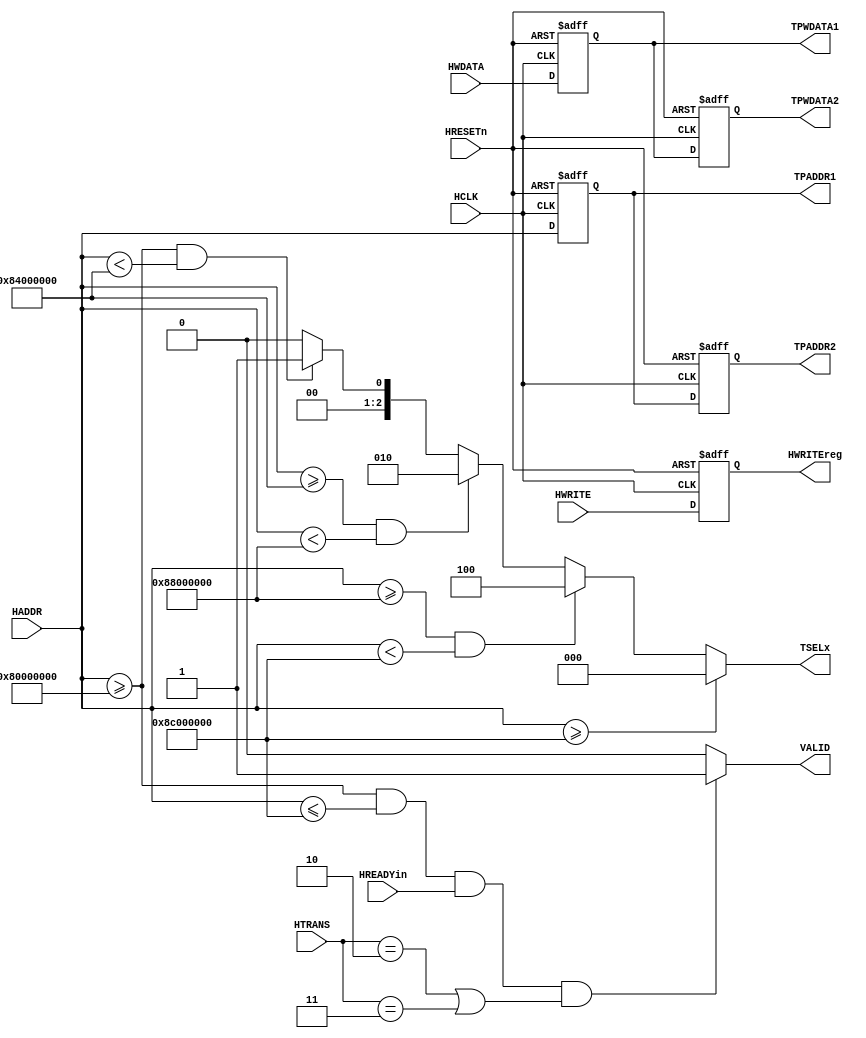
module AHB_interface   (    HCLK , HRESETn, HWRITE , HREADYin , HADDR ,HWDATA  , HTRANS ,
                           VALID ,HWRITEreg  ,TSELx  ,TPADDR1, TPADDR2 ,TPWDATA1, TPWDATA2  );


input  HCLK                  //  reference signal HCLK
      ,HRESETn                //reset signal HRESET
      ,HWRITE                // handshaking signal HWRITE
      ,HREADYin;

input  [31:0]HADDR          //address signal HADDR
            ,HWDATA ;        // Data signal HWDATA
input  [1:0]HTRANS;


output reg VALID                      //handshaking signals VALID
       ,HWRITEreg;

output reg[2:0]TSELx;

output reg [31:0]TPADDR1, TPADDR2           //transmission address signals TADDR1, TADDR2
       ,TPWDATA1, TPWDATA2;     //transmission data signals TPWDATA1, TPWDATA2
       


// peripheral map of memory
//parameter ADDD1 = 32'h8000_0000;    // interrupt controller
//parameter ADDD2 = 32'h8400_0000;    // counter and timers
//parameter ADDD3 = 32'h8800_0000;    // remap and pause
//parameter ADDD4 = 32'h8C00_0000;     // undefined

//...................................................................................................................

always@(*) begin  // define a TSELx
TSELx=3'b000;

if(HADDR>=32'h8000_0000 && HADDR<32'h8400_0000)
begin
TSELx=3'b001;
end

if(HADDR>=32'h8400_0000 && HADDR<32'h8800_0000)
begin
TSELx=3'b010;
end

if(HADDR>=32'h8800_0000 && HADDR<32'h8C00_0000)
begin
TSELx=3'b100;
end

if(HADDR>=32'h8C00_0000)
begin
TSELx=3'b000;
end

end

//...................................................................................................................

always@(*) begin    // define a valid signal

VALID=0;
if(HADDR>=32'h8000_0000 && HADDR<=32'h8C00_0000 && HREADYin && (HTRANS == 2'b10 || HTRANS == 2'b11))
VALID=1;

end

//......................................................................................................................

always@(posedge HCLK or posedge HRESETn ) begin   //2 stage pipeline for data
if(HRESETn)
begin
TPWDATA1<=0;
TPWDATA2<=0;
end

else
begin
TPWDATA1<=HWDATA;
TPWDATA2<=TPWDATA1;
end

end

//...............................................................................................................

always@(posedge HCLK or posedge HRESETn ) begin   //2 stage pipeline for address
if(HRESETn)
begin
TPADDR1<=0;
TPADDR2<=0;
end
else
begin
TPADDR1<=HADDR;
TPADDR2<=TPADDR1;
end

end

//....................................................................................................................
always@(posedge HCLK or posedge HRESETn ) begin  

if(HRESETn)
HWRITEreg<=1'b0;
else
HWRITEreg<=HWRITE;
end
endmodule